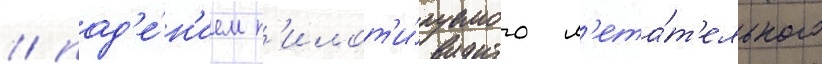
/ пад'е́н'ием п'илот'и́руемого л'ета́т'ельного